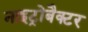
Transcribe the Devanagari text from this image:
नाइट्रोबैक्टर